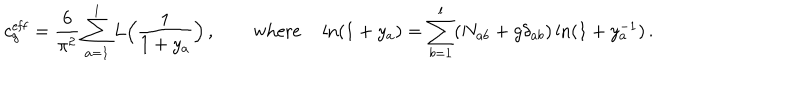
c _ { g } ^ { \mathrm { e f f } } = \frac { 6 } { \pi ^ { 2 } } \sum _ { a = 1 } ^ { l } L \Bigl ( \frac { 1 } { 1 + y _ { a } } \Bigr ) \, , \qquad \mathrm { w h e r e } \quad \ln ( 1 + y _ { a } ) = \sum _ { b = 1 } ^ { l } ( N _ { a b } + g \delta _ { a b } ) \ln ( 1 + y _ { a } ^ { - 1 } ) \, .